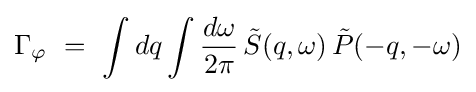
\Gamma _{\varphi }\ =\ \int d{q}\int {\frac {d\omega }{2\pi }}\,{\tilde {S}}({q},\omega )\,{\tilde {P}}(-{q},-\omega )